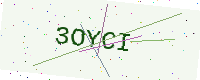
Text: 3OYCI